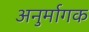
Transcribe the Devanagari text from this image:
अनुर्मागक